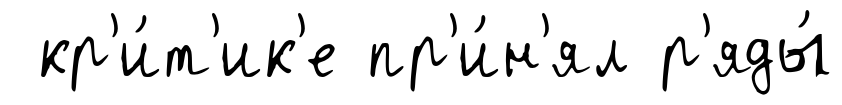
кр'и́т'ик'е пр'и́н'ял р'яды́